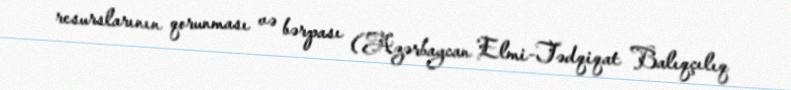
resurslarının qorunması və bərpası (Azərbaycan Elmi-Tədqiqat Balıqçılıq